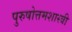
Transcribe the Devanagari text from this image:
पुरुषोत्तमशास्त्री